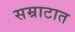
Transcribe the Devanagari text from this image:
सम्राटात